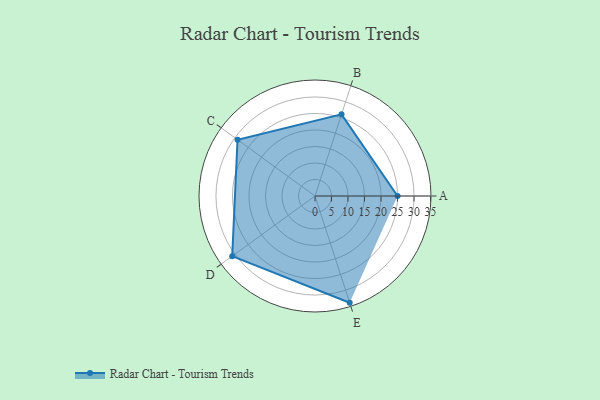
{"axis": {"x": "Skill", "y": "Score"}, "legend": ["Profile"], "data": [{"x": "A", "y": 25.0, "type": "Profile"}, {"x": "B", "y": 26.0, "type": "Profile"}, {"x": "C", "y": 29.0, "type": "Profile"}, {"x": "D", "y": 31.0, "type": "Profile"}, {"x": "E", "y": 34.0, "type": "Profile"}]}